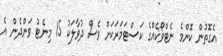
އެގޮތުން ކޮންމެ ނެޓްވޯކެއްގެ ކަސްޓަމަރަކަށް ވެސް ދުވާލަކު 15 މިނެޓު ވަންދެން އެ